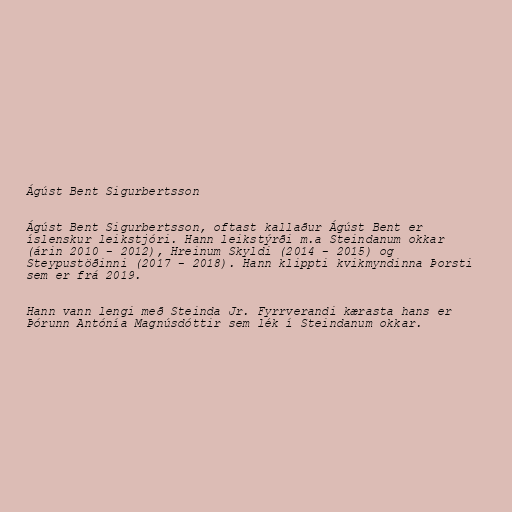
Ágúst Bent Sigurbertsson

Ágúst Bent Sigurbertsson, oftast kallaður Ágúst Bent er
íslenskur leikstjóri. Hann leikstýrði m.a Steindanum okkar
(árin 2010 - 2012), Hreinum Skyldi (2014 - 2015) og
Steypustöðinni (2017 - 2018). Hann klippti kvikmyndinna Þorsti
sem er frá 2019.

Hann vann lengi með Steinda Jr. Fyrrverandi kærasta hans er
Þórunn Antónía Magnúsdóttir sem lék í Steindanum okkar.